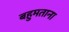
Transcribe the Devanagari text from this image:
बहुमताना